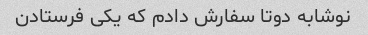
نوشابه دوتا سفارش دادم که یکی فرستادن